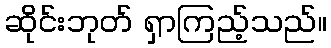
ဆိုင်းဘုတ် ရှာကြည့်သည်။